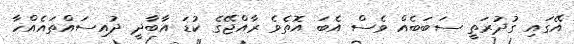
އޭގައި ގުދުރަތީ ސަބަބެއް ވެސް އެބަ އޮތެވެ ރާއްޖޭގެ ކުޑަ އާބާދީ ދުއިސައްތައެއްހާ